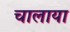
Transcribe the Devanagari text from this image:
चालाया